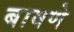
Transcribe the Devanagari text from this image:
बावणे